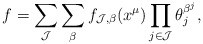
\begin{align*}f=\sum_{\mathcal{J}} \sum_{\beta} f_{\mathcal{J},\beta}(x^{\mu}) \prod_{j \in \mathcal{J}} \theta_j^{\beta^j},\end{align*}